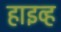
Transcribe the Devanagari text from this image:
हाइव्ह